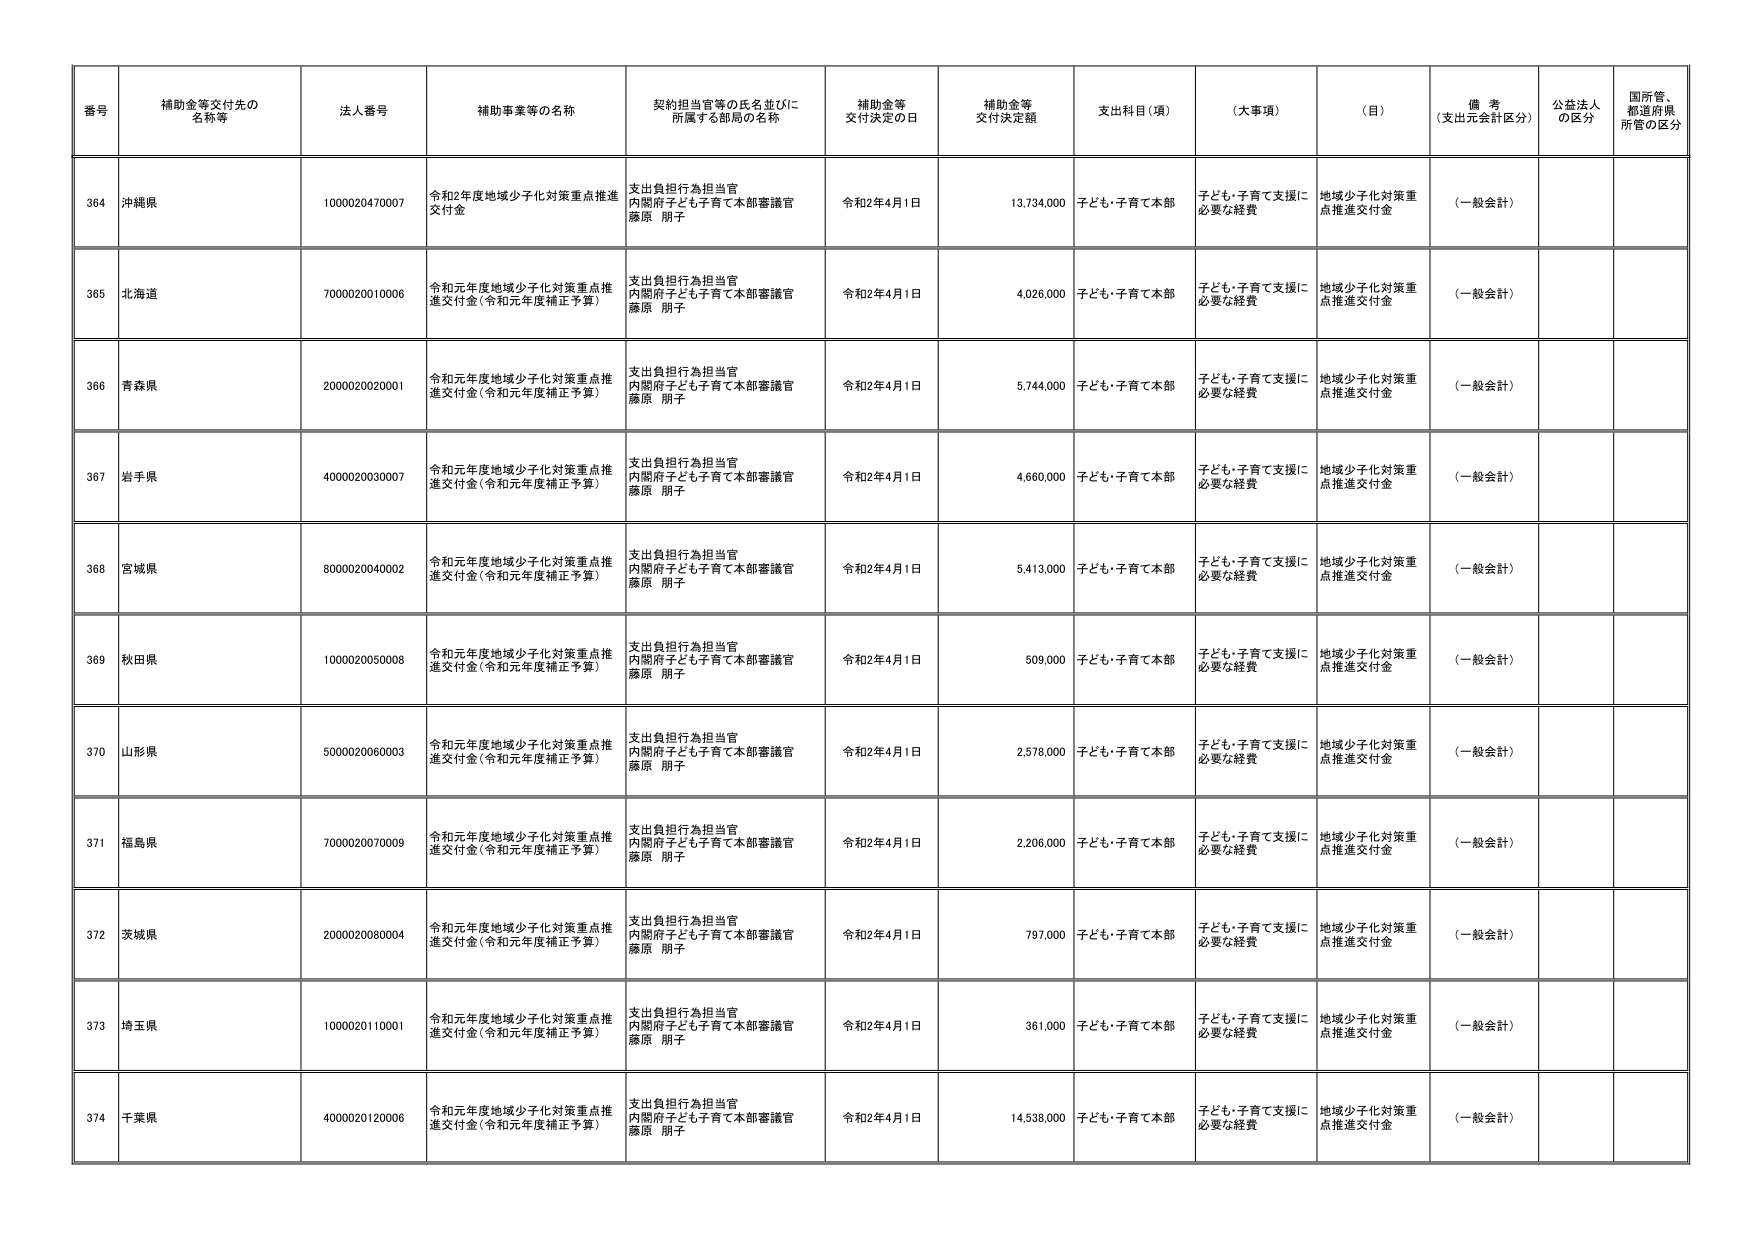
番号 補助金等交付先の名称等 法人番号 補助事業等の名称 契約担当官等の氏名並びに所属する部局の名称 補助金等交付決定の日 補助金等交付決定額 支出科目（項） （大事項） （目） 備考（支出元会計区分） 公益法人の区分 国所管、都道府県所管の区分
364 沖縄県 1000020470007 令和2年度地域少子化対策重点推進交付金 支出負担行為担当官 内閣府子ども子育て本部審議官 藤原 朋子 令和2年4月1日 13,734,000 子ども・子育て本部 子ども・子育て支援に必要な経費 地域少子化対策重点推進交付金 （一般会計）
365 北海道 7000020010006 令和元年度地域少子化対策重点推進交付金（令和元年度補正予算） 支出負担行為担当官 内閣府子ども子育て本部審議官 藤原 朋子 令和2年4月1日 4,026,000 子ども・子育て本部 子ども・子育て支援に必要な経費 地域少子化対策重点推進交付金 （一般会計）
366 青森県 2000020020001 令和元年度地域少子化対策重点推進交付金（令和元年度補正予算） 支出負担行為担当官 内閣府子ども子育て本部審議官 藤原 朋子 令和2年4月1日 5,744,000 子ども・子育て本部 子ども・子育て支援に必要な経費 地域少子化対策重点推進交付金 （一般会計）
367 岩手県 4000020030007 令和元年度地域少子化対策重点推進交付金（令和元年度補正予算） 支出負担行為担当官 内閣府子ども子育て本部審議官 藤原 朋子 令和2年4月1日 4,660,000 子ども・子育て本部 子ども・子育て支援に必要な経費 地域少子化対策重点推進交付金 （一般会計）
368 宮城県 8000020040002 令和元年度地域少子化対策重点推進交付金（令和元年度補正予算） 支出負担行為担当官 内閣府子ども子育て本部審議官 藤原 朋子 令和2年4月1日 5,413,000 子ども・子育て本部 子ども・子育て支援に必要な経費 地域少子化対策重点推進交付金 （一般会計）
369 秋田県 1000020050008 令和元年度地域少子化対策重点推進交付金（令和元年度補正予算） 支出負担行為担当官 内閣府子ども子育て本部審議官 藤原 朋子 令和2年4月1日 509,000 子ども・子育て本部 子ども・子育て支援に必要な経費 地域少子化対策重点推進交付金 （一般会計）
370 山形県 5000020060003 令和元年度地域少子化対策重点推進交付金（令和元年度補正予算） 支出負担行為担当官 内閣府子ども子育て本部審議官 藤原 朋子 令和2年4月1日 2,578,000 子ども・子育て本部 子ども・子育て支援に必要な経費 地域少子化対策重点推進交付金 （一般会計）
371 福島県 7000020070009 令和元年度地域少子化対策重点推進交付金（令和元年度補正予算） 支出負担行為担当官 内閣府子ども子育て本部審議官 藤原 朋子 令和2年4月1日 2,206,000 子ども・子育て本部 子ども・子育て支援に必要な経費 地域少子化対策重点推進交付金 （一般会計）
372 茨城県 2000020080004 令和元年度地域少子化対策重点推進交付金（令和元年度補正予算） 支出負担行為担当官 内閣府子ども子育て本部審議官 藤原 朋子 令和2年4月1日 797,000 子ども・子育て本部 子ども・子育て支援に必要な経費 地域少子化対策重点推進交付金 （一般会計）
373 埼玉県 1000020110001 令和元年度地域少子化対策重点推進交付金（令和元年度補正予算） 支出負担行為担当官 内閣府子ども子育て本部審議官 藤原 朋子 令和2年4月1日 361,000 子ども・子育て本部 子ども・子育て支援に必要な経費 地域少子化対策重点推進交付金 （一般会計）
374 千葉県 4000020120006 令和元年度地域少子化対策重点推進交付金（令和元年度補正予算） 支出負担行為担当官 内閣府子ども子育て本部審議官 藤原 朋子 令和2年4月1日 14,538,000 子ども・子育て本部 子ども・子育て支援に必要な経費 地域少子化対策重点推進交付金 （一般会計）